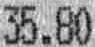
35.80